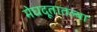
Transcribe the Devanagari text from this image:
मेघदूतातल्या